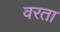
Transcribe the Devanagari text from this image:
वरता